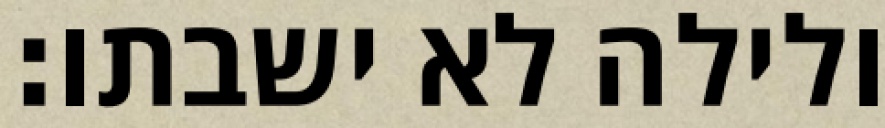
ולילה לא ישבתו׃